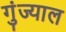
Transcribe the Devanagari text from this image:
गुंज्याल